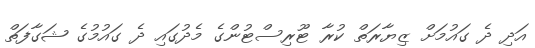
އަދި ދެ ގައުމަށް ޒިޔާރަތް ކުރާ ޓޫރިސްޓުންގެ މެދުގައި ދެ ގައުމުގެ ޝަގާފަތް